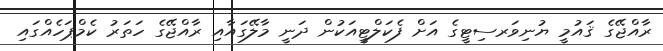
ރާއްޖޭގެ ޤައުމީ ޔުނިވަރސިޓީގެ އަށް ފެކަލްޓީއަކުން ދަނީ މާލޭގައާއި ރާއްޖޭގެ ހަތަރު ކެމްޕަހެއްގައި